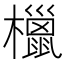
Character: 㯿